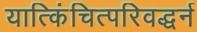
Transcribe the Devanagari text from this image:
यात्किंचित्परिवद्धर्न